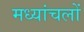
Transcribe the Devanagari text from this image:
मध्यांचलों